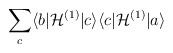
\begin{align*}\hspace{-9.8cm}\sum_c\langle b|{\cal H}^{(1)}|c\rangle\langle c|{\cal H}^{(1)}|a\rangle\end{align*}